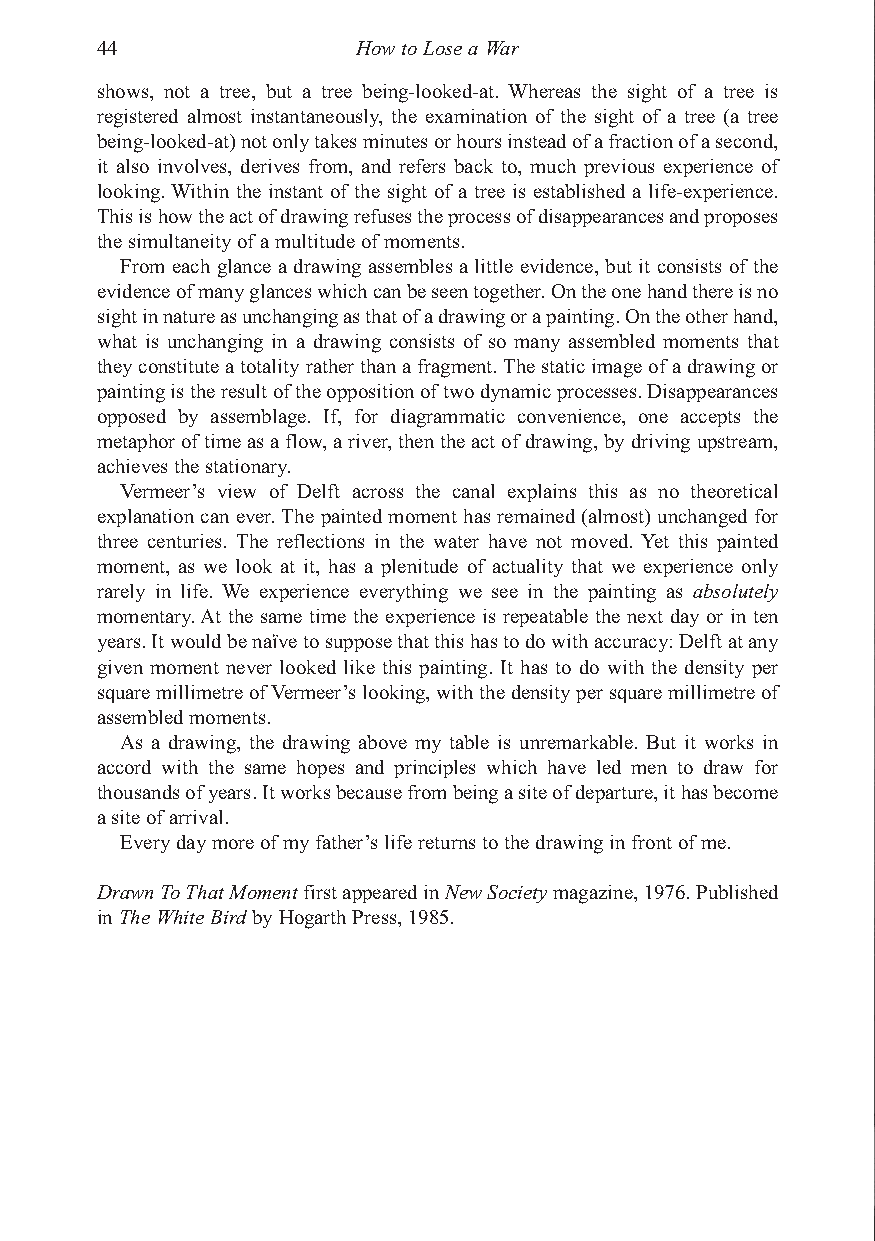
Berger 11/22/04 1:13 AM Page 44
 44                How to Lose a War
 shows, not a tree, but a tree being-looked-at. Whereas the sight of a tree is
 registered almost instantaneously, the examination of the sight of a tree (a tree
 being-looked-at) not only takes minutes or hours instead of a fraction of a second,
 it also involves, derives from, and refers back to, much previous experience of
 looking. Within the instant of the sight of a tree is established a life-experience.
 This is how the act of drawing refuses the process of disappearances and proposes
 the simultaneity of a multitude of moments.
 From each glance a drawing assembles a little evidence, but it consists of the
 evidence of many glances which can be seen together. On the one hand there is no
 sight in nature as unchanging as that of a drawing or a painting. On the other hand,
 what is unchanging in a drawing consists of so many assembled moments that
 they constitute a totality rather than a fragment. The static image of a drawing or
 painting is the result of the opposition of two dynamic processes. Disappearances
 opposed by assemblage. If, for diagrammatic convenience, one accepts the
 metaphor of time as a flow, a river, then the act of drawing, by driving upstream,
 achieves the stationary.
 Vermeer’s view of Delft across the canal explains this as no theoretical
 explanation can ever. The painted moment has remained (almost) unchanged for
 three centuries. The reflections in the water have not moved. Yet this painted
 moment, as we look at it, has a plenitude of actuality that we experience only
 rarely in life. We experience everything we see in the painting as absolutely
 momentary. At the same time the experience is repeatable the next day or in ten
 years. It would be naïve to suppose that this has to do with accuracy: Delft at any
 given moment never looked like this painting. It has to do with the density per
 square millimetre of Vermeer’s looking, with the density per square millimetre of
 assembled moments.
 As a drawing, the drawing above my table is unremarkable. But it works in
 accord with the same hopes and principles which have led men to draw for
 thousands of years. It works because from being a site of departure, it has become
 a site of arrival.
 Every day more of my father’s life returns to the drawing in front of me.
 Drawn To That Momentfirst appeared in New Societymagazine, 1976. Published
 in The White Birdby Hogarth Press, 1985.